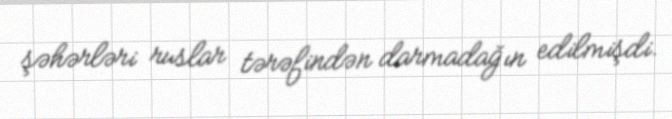
şəhərləri ruslar tərəfindən darmadağın edilmişdi.